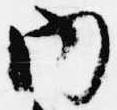
内